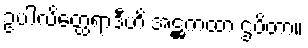
ဥပါလိတ္ထေရာဒီဟိ အဋ္ဌကထာ ဌပိတာ။